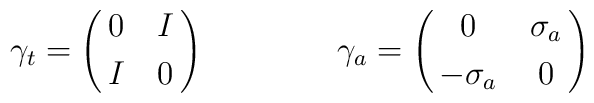
\gamma_t = \pmatrix{0& I\cr \noalign{\smallskip} I& 0\cr}\qquad\qquad  \gamma_a  = \pmatrix{0& \sigma_a\cr \noalign{\smallskip} -\sigma_a& 0\cr}